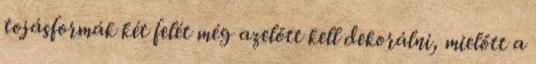
tojásformák két felét még azelőtt kell dekorálni, mielőtt a